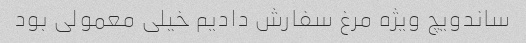
ساندویچ ویژه مرغ سفارش دادیم خیلی معمولی بود